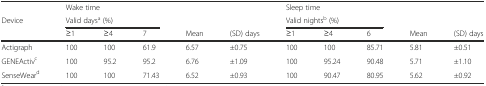
|  | <COLSPAN=5> Wake time | <COLSPAN=5> Sleep time |
 | <ROWSPAN=2> Device | <COLSPAN=3> Valid daysa (%) |  |  | <COLSPAN=3> Valid nightsb (%) |  |  |
 | ≥1 | ≥4 | 7 | Mean | (SD) days | ≥1 | ≥4 | 6 | Mean | (SD) days |
 | --- | --- | --- | --- | --- | --- | --- | --- | --- | --- | --- |
 | Actigraph | 100 | 100 | 61.9 | 6.57 | ±0.75 | 100 | 100 | 85.71 | 5.81 | ±0.51 |
 | GENEActivc | 100 | 95.2 | 95.2 | 6.76 | ±1.09 | 100 | 95.24 | 90.48 | 5.71 | ±1.10 |
 | SenseWeard | 100 | 100 | 71.43 | 6.52 | ±0.93 | 100 | 90.47 | 80.95 | 5.62 | ±0.92 |